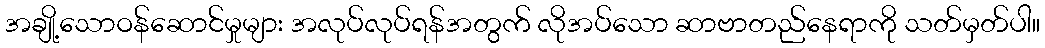
အချို့သောဝန်ဆောင်မှုများ အလုပ်လုပ်ရန်အတွက် လိုအပ်သော ဆာဗာတည်နေရာကို သတ်မှတ်ပါ။